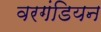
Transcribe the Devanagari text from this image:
वरगंडियन